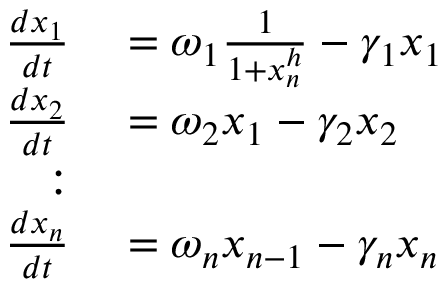
\begin{array} { r l } { \frac { d x _ { 1 } } { d t } } & { { } = \omega _ { 1 } \frac { 1 } { 1 + x _ { n } ^ { h } } - \gamma _ { 1 } x _ { 1 } } \\ { \frac { d x _ { 2 } } { d t } } & { { } = \omega _ { 2 } x _ { 1 } - \gamma _ { 2 } x _ { 2 } } \\ { : } & { { } } \\ { \frac { d x _ { n } } { d t } } & { { } = \omega _ { n } x _ { n - 1 } - \gamma _ { n } x _ { n } } \end{array}